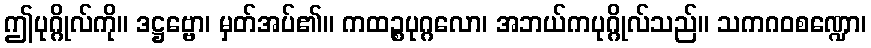
ဤပုဂ္ဂိုလ်ကို။ ဒဋ္ဌဗ္ဗော၊ မှတ်အပ်၏။ ကထဉ္စပုဂ္ဂလော၊ အဘယ်ကပုဂ္ဂိုလ်သည်။ သကဂဝစဏ္ဍော၊